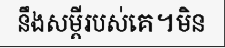
នឹងសម្តីរបស់គេ។មិន